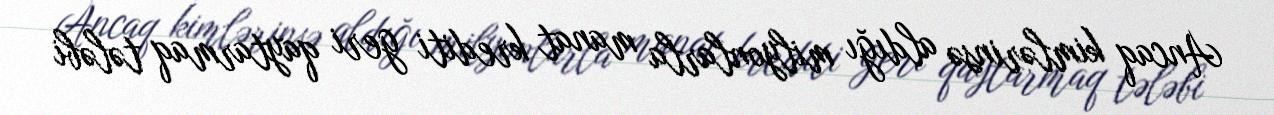
Ancaq kimlərinsə aldığı milyonlarla manat krediti geri qaytarmaq tələbi